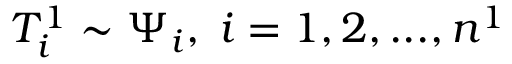
T _ { i } ^ { 1 } \sim \Psi _ { i } , \; i = 1 , 2 , . . . , n ^ { 1 }